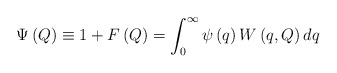
\begin{align*}\Psi \left( Q\right) \equiv 1+F\left( Q\right) =\int_0^\infty \psi \left(q\right) W\left( q,Q\right) dq \end{align*}